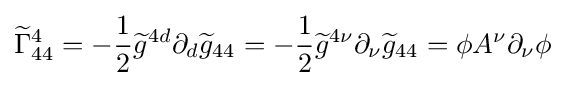
{\widetilde {\Gamma }}_{44}^{4}=-{\frac {1}{2}}{\widetilde {g}}^{4d}\partial _{d}{\widetilde {g}}_{44}=-{\frac {1}{2}}{\widetilde {g}}^{4\nu }\partial _{\nu }{\widetilde {g}}_{44}=\phi A^{\nu }\partial _{\nu }\phi